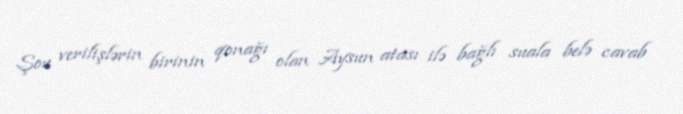
Şou verilişlərin birinin qonağı olan Aysun atası ilə bağlı suala belə cavab